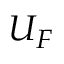
U _ { F }